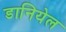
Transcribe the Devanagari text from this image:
डानियेल